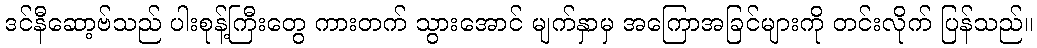
ဒင်နီဆော့ဗ်သည် ပါးစုန့်ကြီးတွေ ကားတက် သွားအောင် မျက်နှာမှ အကြောအခြင်များကို တင်းလိုက် ပြန်သည်။